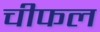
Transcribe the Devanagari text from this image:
चीफल